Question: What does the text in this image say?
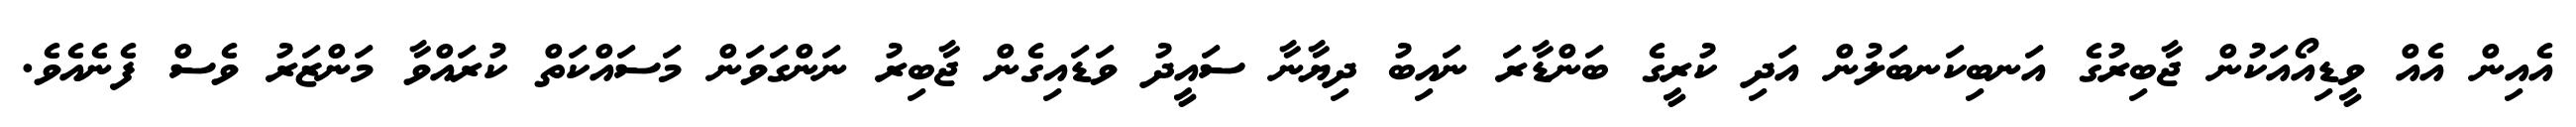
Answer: އެއިން އެއް ވީޑިއޯއަކުން ޖާބިރުގެ އަނބިކަނބަލުން އަދި ކުރީގެ ބަންޑާރަ ނައިބު ދިޔާނާ ސައީދު ވަޑައިގެން ޖާބިރު ނަންގަވަން މަސައްކަތް ކުރައްވާ މަންޒަރު ވެސް ފެނެއެވެ.